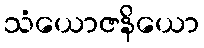
သံယောဇနိယော